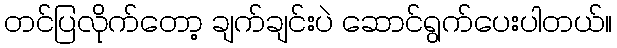
တင်ပြလိုက်တော့ ချက်ချင်းပဲ ဆောင်ရွက်ပေးပါတယ်။